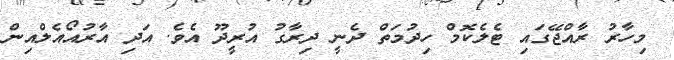
މިހާރު ރާއްޖޭގައި ޓެލެކޮމް ހިދުމަތް ދެނީ ދިރާގު އުރީދޫ އެވެ. އަދި އާރުއޯއެލްއިން